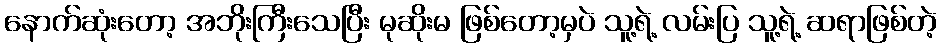
နောက်ဆုံးတော့ အဘိုးကြီးသေပြီး မုဆိုးမ ဖြစ်တော့မှပဲ သူ့ရဲ့ လမ်းပြ သူ့ရဲ့ ဆရာဖြစ်တဲ့